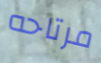
مرتاحه